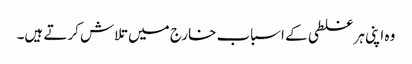
وہ اپنی ہر غلطی کے اسباب خارج میں تلاش کرتے ہیں۔